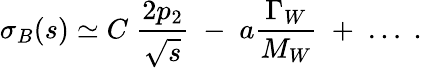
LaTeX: \sigma_{B}(s)\simeq C\; {\frac{2p_{2}}{\sqrt{s}}}\; -\; a{\frac{\Gamma_{W}}{M_{W}}}\; +\; \ldots\; .